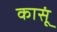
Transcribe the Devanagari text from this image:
कासूं